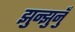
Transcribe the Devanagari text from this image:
झुन्झुनुँ